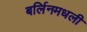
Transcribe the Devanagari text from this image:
बर्लिनमधली